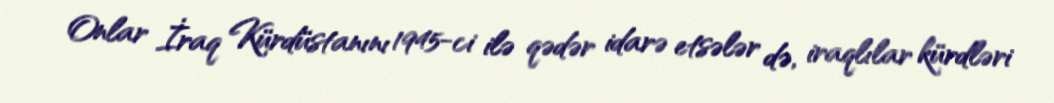
Onlar İraq Kürdüstanını 1945-ci ilə qədər idarə etsələr də, iraqlılar kürdləri